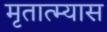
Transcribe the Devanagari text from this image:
मृतात्म्यास